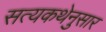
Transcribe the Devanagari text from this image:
सत्यकथेनुसार